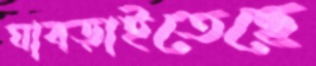
ঘাব্‌ড়াইতেছে